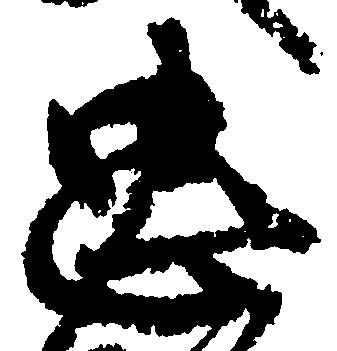
忠